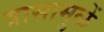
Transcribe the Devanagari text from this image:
त्रासामुळें